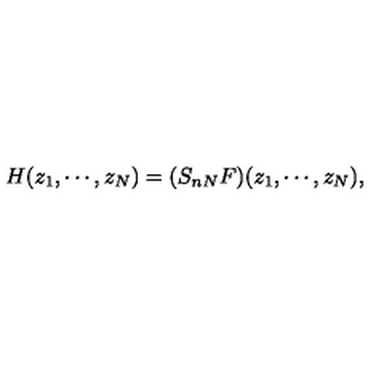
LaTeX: H ( z _ { 1 } , \cdots , z _ { N } ) = ( S _ { n N } F ) ( z _ { 1 } , \cdots , z _ { N } ) ,